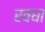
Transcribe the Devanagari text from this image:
रवधा